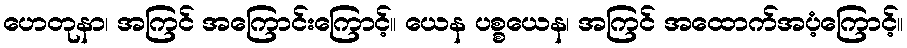
ဟေတုနာ၊ အကြင် အကြောင်းကြောင့်။ ယေန ပစ္စယေန၊ အကြင် အထောက်အပံ့ကြောင့်။